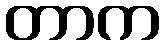
တာက